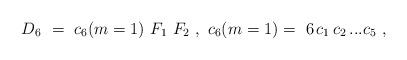
LaTeX: \begin{align*}D_6\ =\ c_{6}(m=1)\ F_1\ F_2 \ ,\ c_6(m=1)=\ 6\,c_1\,c_2\,...c_{5}\ ,\end{align*}